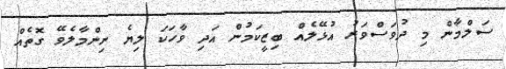
ސަލްމާން މި ދުވަސްވަރު އުޅޭލެއް ބިޒީކަމުން އަދި ވާހަކަ ލިޔެ ނިންމާލެވޭ ގޮތެއް